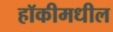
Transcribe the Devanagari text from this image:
हॉकीमधील